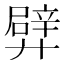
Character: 𨐢